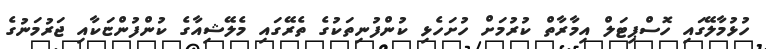
ހުޅުމާލޭގައި ހޮސްޕިޓަލް އިމާރާތް ކުރުމަށް ހުށަހެޅި ކުންފުނިތަކުގެ ތެރޭގައި މެލޭޝިއާގެ ކުންފުންޏަކާއި ޖަރުމަނުގެ